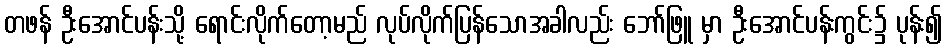
တဖန် ဦးအောင်ပန်းသို့ ရောင်းလိုက်တော့မည် လုပ်လိုက်ပြန်သောအခါလည်း ဘော်ဖြူ မှာ ဦးအောင်ပန်းကွင်း၌ ပုန်း၍